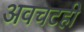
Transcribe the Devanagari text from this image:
अवचटही